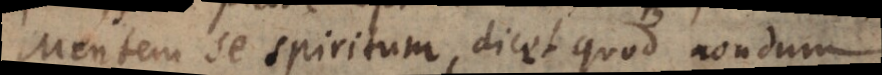
Mentem se spiritum, dicet quod nondum